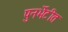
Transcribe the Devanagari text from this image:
पुनर्भेटीत